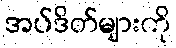
အပ်ဒိတ်များကို